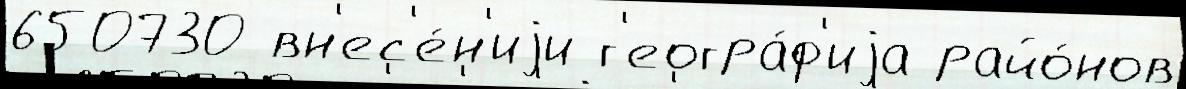
650730 вн'ес'е́н'иjи г'еогра́ф'иjа райо́нов